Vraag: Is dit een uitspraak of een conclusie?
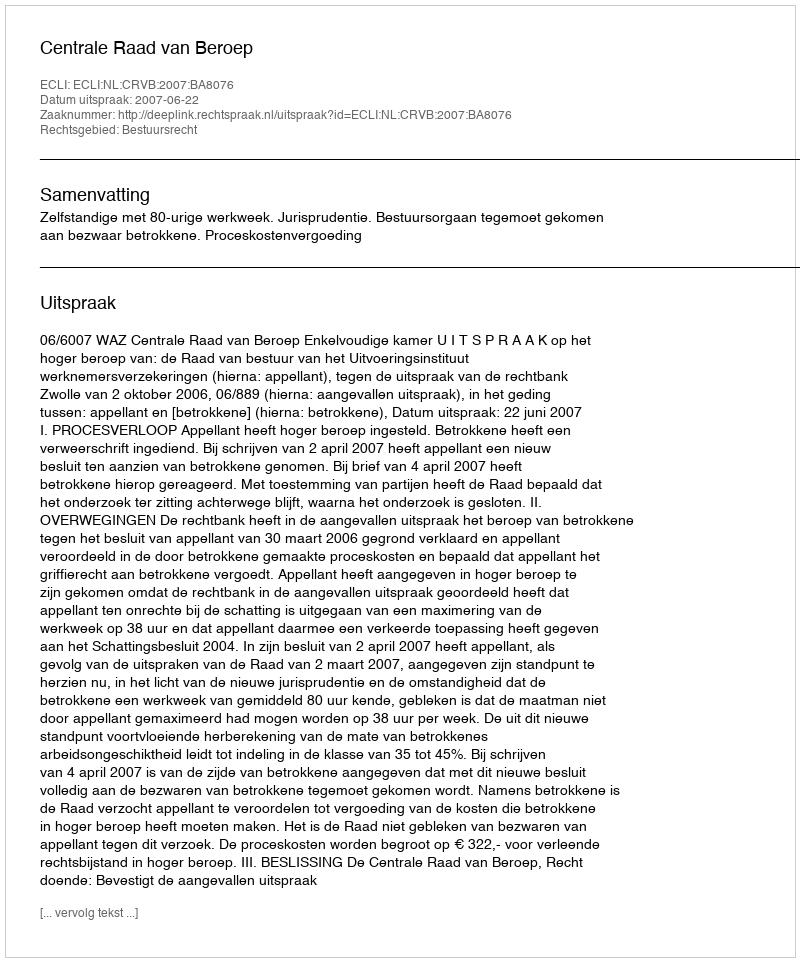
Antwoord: Uitspraak